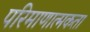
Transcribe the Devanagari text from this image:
परिमाणात्मकता